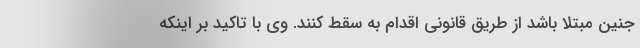
جنین مبتلا باشد از طریق قانونی اقدام به سقط کنند. وی با تاکید بر اینکه